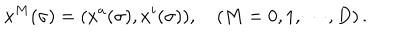
x ^ { M } ( \sigma ) = ( x ^ { a } ( \sigma ) , x ^ { i } ( \sigma ) ) , \quad ( M = 0 , 1 , \cdots , D ) \, .